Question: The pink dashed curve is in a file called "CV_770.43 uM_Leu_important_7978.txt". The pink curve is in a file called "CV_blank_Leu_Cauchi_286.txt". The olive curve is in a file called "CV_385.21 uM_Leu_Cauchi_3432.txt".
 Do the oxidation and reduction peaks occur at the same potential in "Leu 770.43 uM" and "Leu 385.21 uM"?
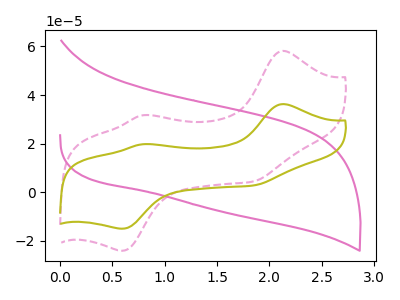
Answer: <think>The pink dashed curve "Leu 770.43 uM" has anodic peaks at (2.10V, 58.15uA) (0.80V, 31.65uA) and cathodic peaks at (0.60V, -24.10uA) (1.85V, 4.45uA). The pink curve "Leu blank" has no peaks. The olive curve "Leu 385.21 uM" has anodic peaks at (2.10V, 36.25uA) (0.80V, 19.70uA) and cathodic peaks at (0.60V, -15.05uA) (1.85V, 2.80uA).</think>
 <answer>Yes, "Leu 770.43 uM" have a peak in "Leu 385.21 uM" at the same potential.</answer>
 <eval>match</eval>